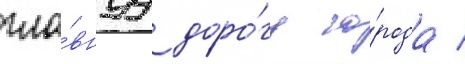
гла́внуу доро́гу го́рода /